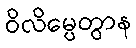
ဝိလိမ္ပေတွာန